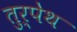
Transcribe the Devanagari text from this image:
तुर्पेथ